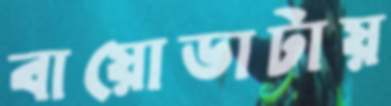
বায়োডাটায়